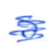
Text: a
Cross-out: scratch
Writing tool: ballpoint